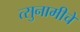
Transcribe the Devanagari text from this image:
त्सुनामीचे